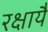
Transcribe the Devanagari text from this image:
रक्षायै